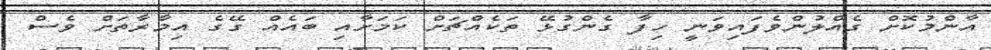
އާންމުކޮށް ގެއްލުންވެފައިވަނީ ހިފާ ގެންގުޅޭ ތަކެއްޗަށް ކަމަށާއި ބައެއް ގޭގެ އިމާރާތަށް ވެސް